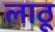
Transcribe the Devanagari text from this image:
लाठू